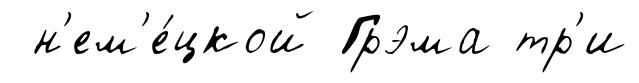
н'ем'е́цкой Грэма тр'и